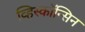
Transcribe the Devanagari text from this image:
व्हिस्कॉन्सिन